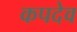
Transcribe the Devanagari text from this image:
कपदेव